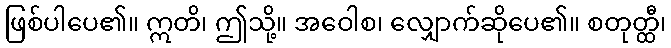
ဖြစ်ပါပေ၏။ ဣတိ၊ ဤသို့။ အဝေါစ၊ လျှောက်ဆိုပေ၏။ စတုတ္ထီ၊